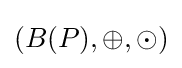
(B(P),\oplus ,\odot )